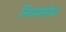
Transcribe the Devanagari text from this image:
नियमांसोबत